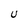
Character: u